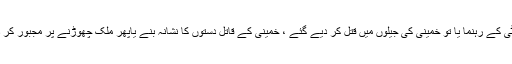
اس کی چوٹی کے رہنما یا تو خمینی کی جیلوں میں قتل کر دیے گئے ، خمینی کے قاتل دستوں کا نشانہ بنے یاپھر ملک چھوڑنے پر مجبور کر دیے گئے ۔